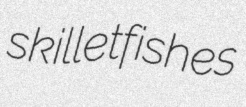
skilletfishes